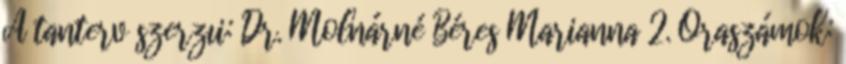
A tanterv szerzıi: Dr. Molnárné Béres Marianna 2. Óraszámok: